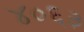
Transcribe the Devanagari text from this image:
४०६३